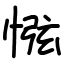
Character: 惤